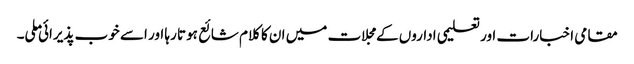
مقامی اخبارات اور تعلیمی اداروں کے مجلات میں ان کا کلام شائع ہوتا رہا اور اسے خوب پذیرائی ملی۔